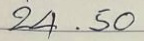
24 .50